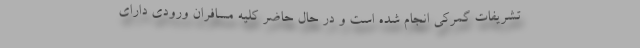
تشریفات گمرکی انجام شده است و در حال حاضر کلیه مسافران ورودی دارای